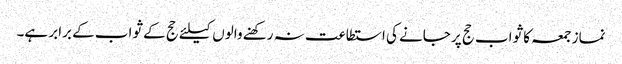
نماز جمعہ کا ثواب حج پر جانے کی استطاعت نہ رکھنے والوں کیلئے حج کے ثواب کے برابر ہے۔